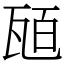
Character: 瓸